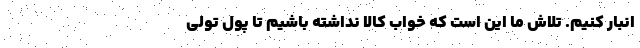
انبار كنيم. تلاش ما این است که خواب کالا نداشته باشیم تا پول تولی